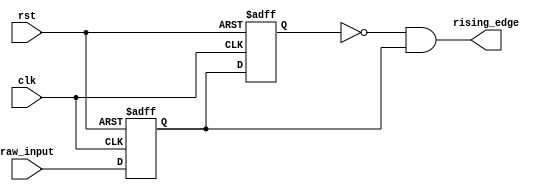
module rising_edge_detector (
	input clk, rst, 
	
	input raw_input, 
	output rising_edge
);	
	reg old_value, curr_value;
	
	assign rising_edge = ~old_value && curr_value;
	
	task reset;
		begin
			old_value <= 1'b0;
			curr_value <= 1'b0;
		end
	endtask
	
	task on_clock;
		begin
			old_value <= curr_value;
			curr_value <= raw_input;
		end
	endtask
	
	always @(posedge clk or posedge rst) begin
		if (rst) reset;
		else on_clock;
	end
endmodule